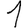
Digit: 1